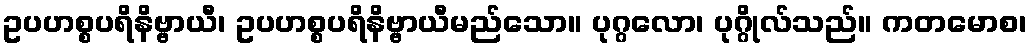
ဥပဟစ္စပရိနိဗ္ဗာယီ၊ ဥပဟစ္စပရိနိဗ္ဗာယီမည်သော။ ပုဂ္ဂလော၊ ပုဂ္ဂိုလ်သည်။ ကတမောစ၊